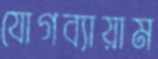
যোগব্যায়াম